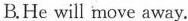
B.He will move away.